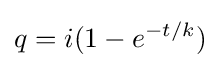
q=i(1-e^{-t/k})